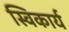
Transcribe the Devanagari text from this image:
स्विकार्य